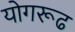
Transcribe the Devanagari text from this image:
योगरूढ